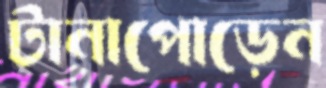
টানাপোড়েন